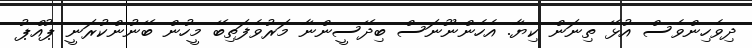
ދިވެހިންވެސް އުޅޭ ތިނަން ކިޔާ. އެހެންނޫނަސް ބިދޭސީންނާ މަރުވެފަތިބޭ މީހުން ބޭނުންކުރަނީ ޕުއްޕު